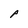
Character: P